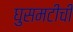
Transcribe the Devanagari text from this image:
घुसमटीची